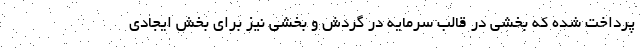
پرداخت شده که بخشی در قالب سرمایه در گردش و بخشی نیز برای بخش ایجادی